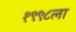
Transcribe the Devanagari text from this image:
१९९८ला